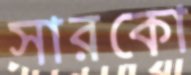
সারকো